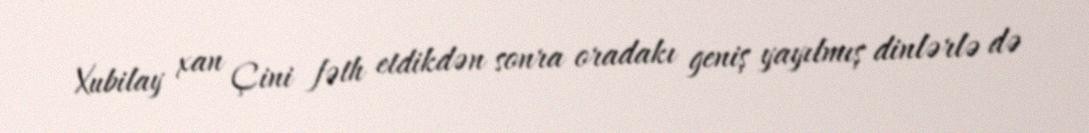
Xubilay xan Çini fəth etdikdən sonra oradakı geniş yayılmış dinlərlə də